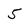
Character: 5